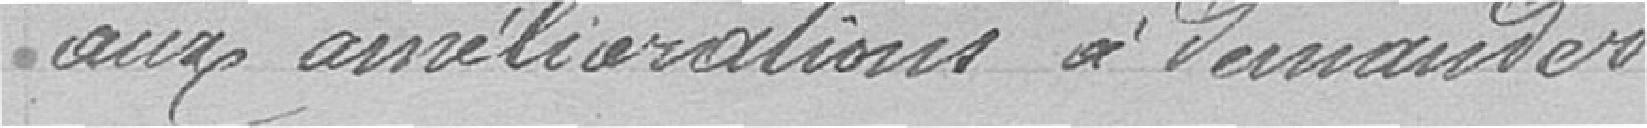
aux améliorations à demander.